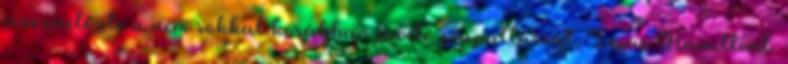
visszaelőzte a nem sokkal korábban javító csapattársát, Lewis Hamiltont.